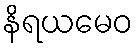
နိရယမေဝ